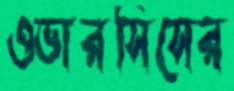
ওভারসিসের